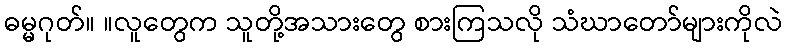
ဓမ္မဂုတ်။ ။လူတွေက သူတို့အသားတွေ စားကြသလို သံဃာတော်များကိုလဲ